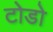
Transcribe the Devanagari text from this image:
टोडो